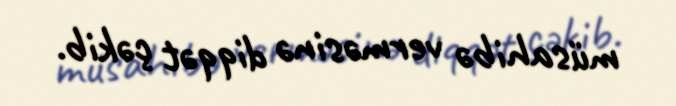
müsahibə verməsinə diqqət çəkib.